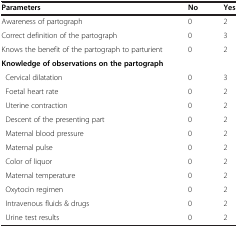
| Parameters | No | Yes |
 | --- | --- | --- |
 | Awareness of partograph | 0 | 2 |
 | Correct definition of the partograph | 0 | 3 |
 | Knows the benefit of the partograph to parturient | 0 | 2 |
 | <COLSPAN=3> Knowledge of observations on the partograph |
 | Cervical dilatation | 0 | 3 |
 | Foetal heart rate | 0 | 2 |
 | Uterine contraction | 0 | 2 |
 | Descent of the presenting part | 0 | 2 |
 | Maternal blood pressure | 0 | 2 |
 | Maternal pulse | 0 | 2 |
 | Color of liquor | 0 | 2 |
 | Maternal temperature | 0 | 2 |
 | Oxytocin regimen | 0 | 2 |
 | Intravenous fluids & drugs | 0 | 2 |
 | Urine test results | 0 | 2 |